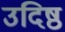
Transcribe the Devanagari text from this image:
उदिष्ठ